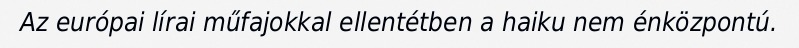
Az európai lírai műfajokkal ellentétben a haiku nem énközpontú.